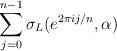
LaTeX: \begin{align*}\sum_{j=0}^{n-1} \sigma_{L}(e^{2\pi i j/n},\alpha) \end{align*}